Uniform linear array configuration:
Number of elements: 32
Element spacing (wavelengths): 0.75
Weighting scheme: blackman
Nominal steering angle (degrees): -30
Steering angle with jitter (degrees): -31.119
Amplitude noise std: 0.05
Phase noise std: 0.05

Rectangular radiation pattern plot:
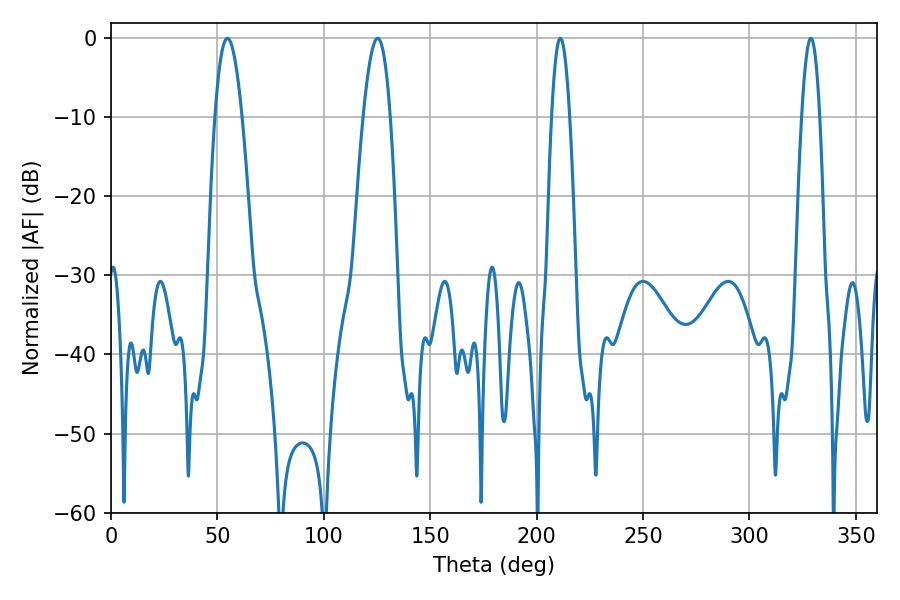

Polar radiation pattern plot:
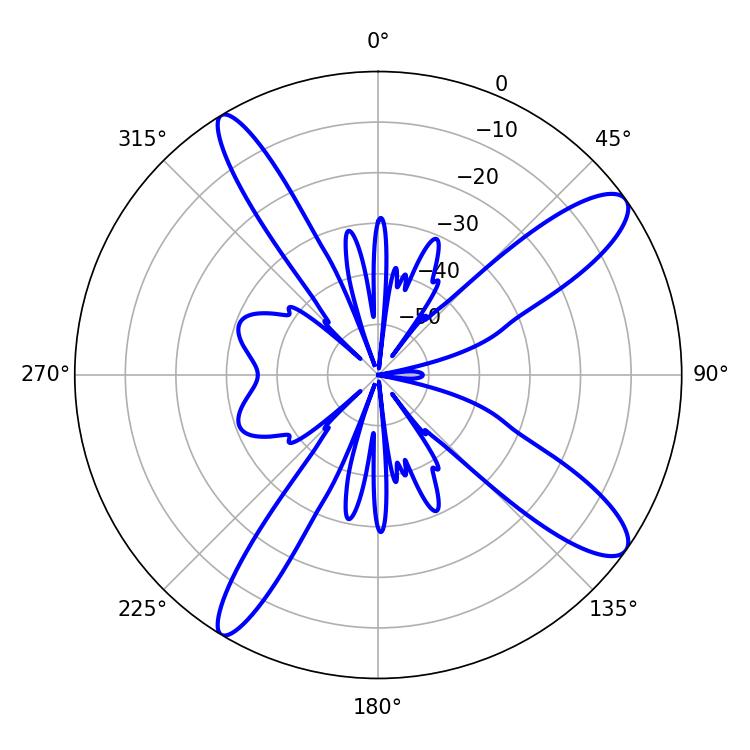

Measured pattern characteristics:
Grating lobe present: TRUE
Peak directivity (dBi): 12.092
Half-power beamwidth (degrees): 4.68
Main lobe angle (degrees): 211.14